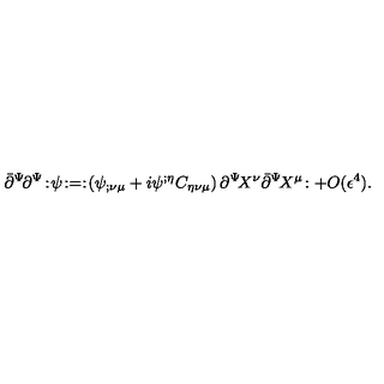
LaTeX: \bar { \partial } ^ { \Psi } \! \partial ^ { \Psi } \! : \! \psi \! : = : \! \left( \psi _ { ; \nu \mu } + i \psi ^ { ; \eta } C _ { \eta \nu \mu } \right) \partial ^ { \Psi } \! X ^ { \nu } \bar { \partial } ^ { \Psi } \! X ^ { \mu } \! : + O ( \epsilon ^ { 4 } ) .